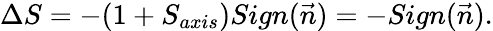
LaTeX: \Delta S=-(1+S_{axis})Sign(\vec{n})=-Sign(\vec{n}).